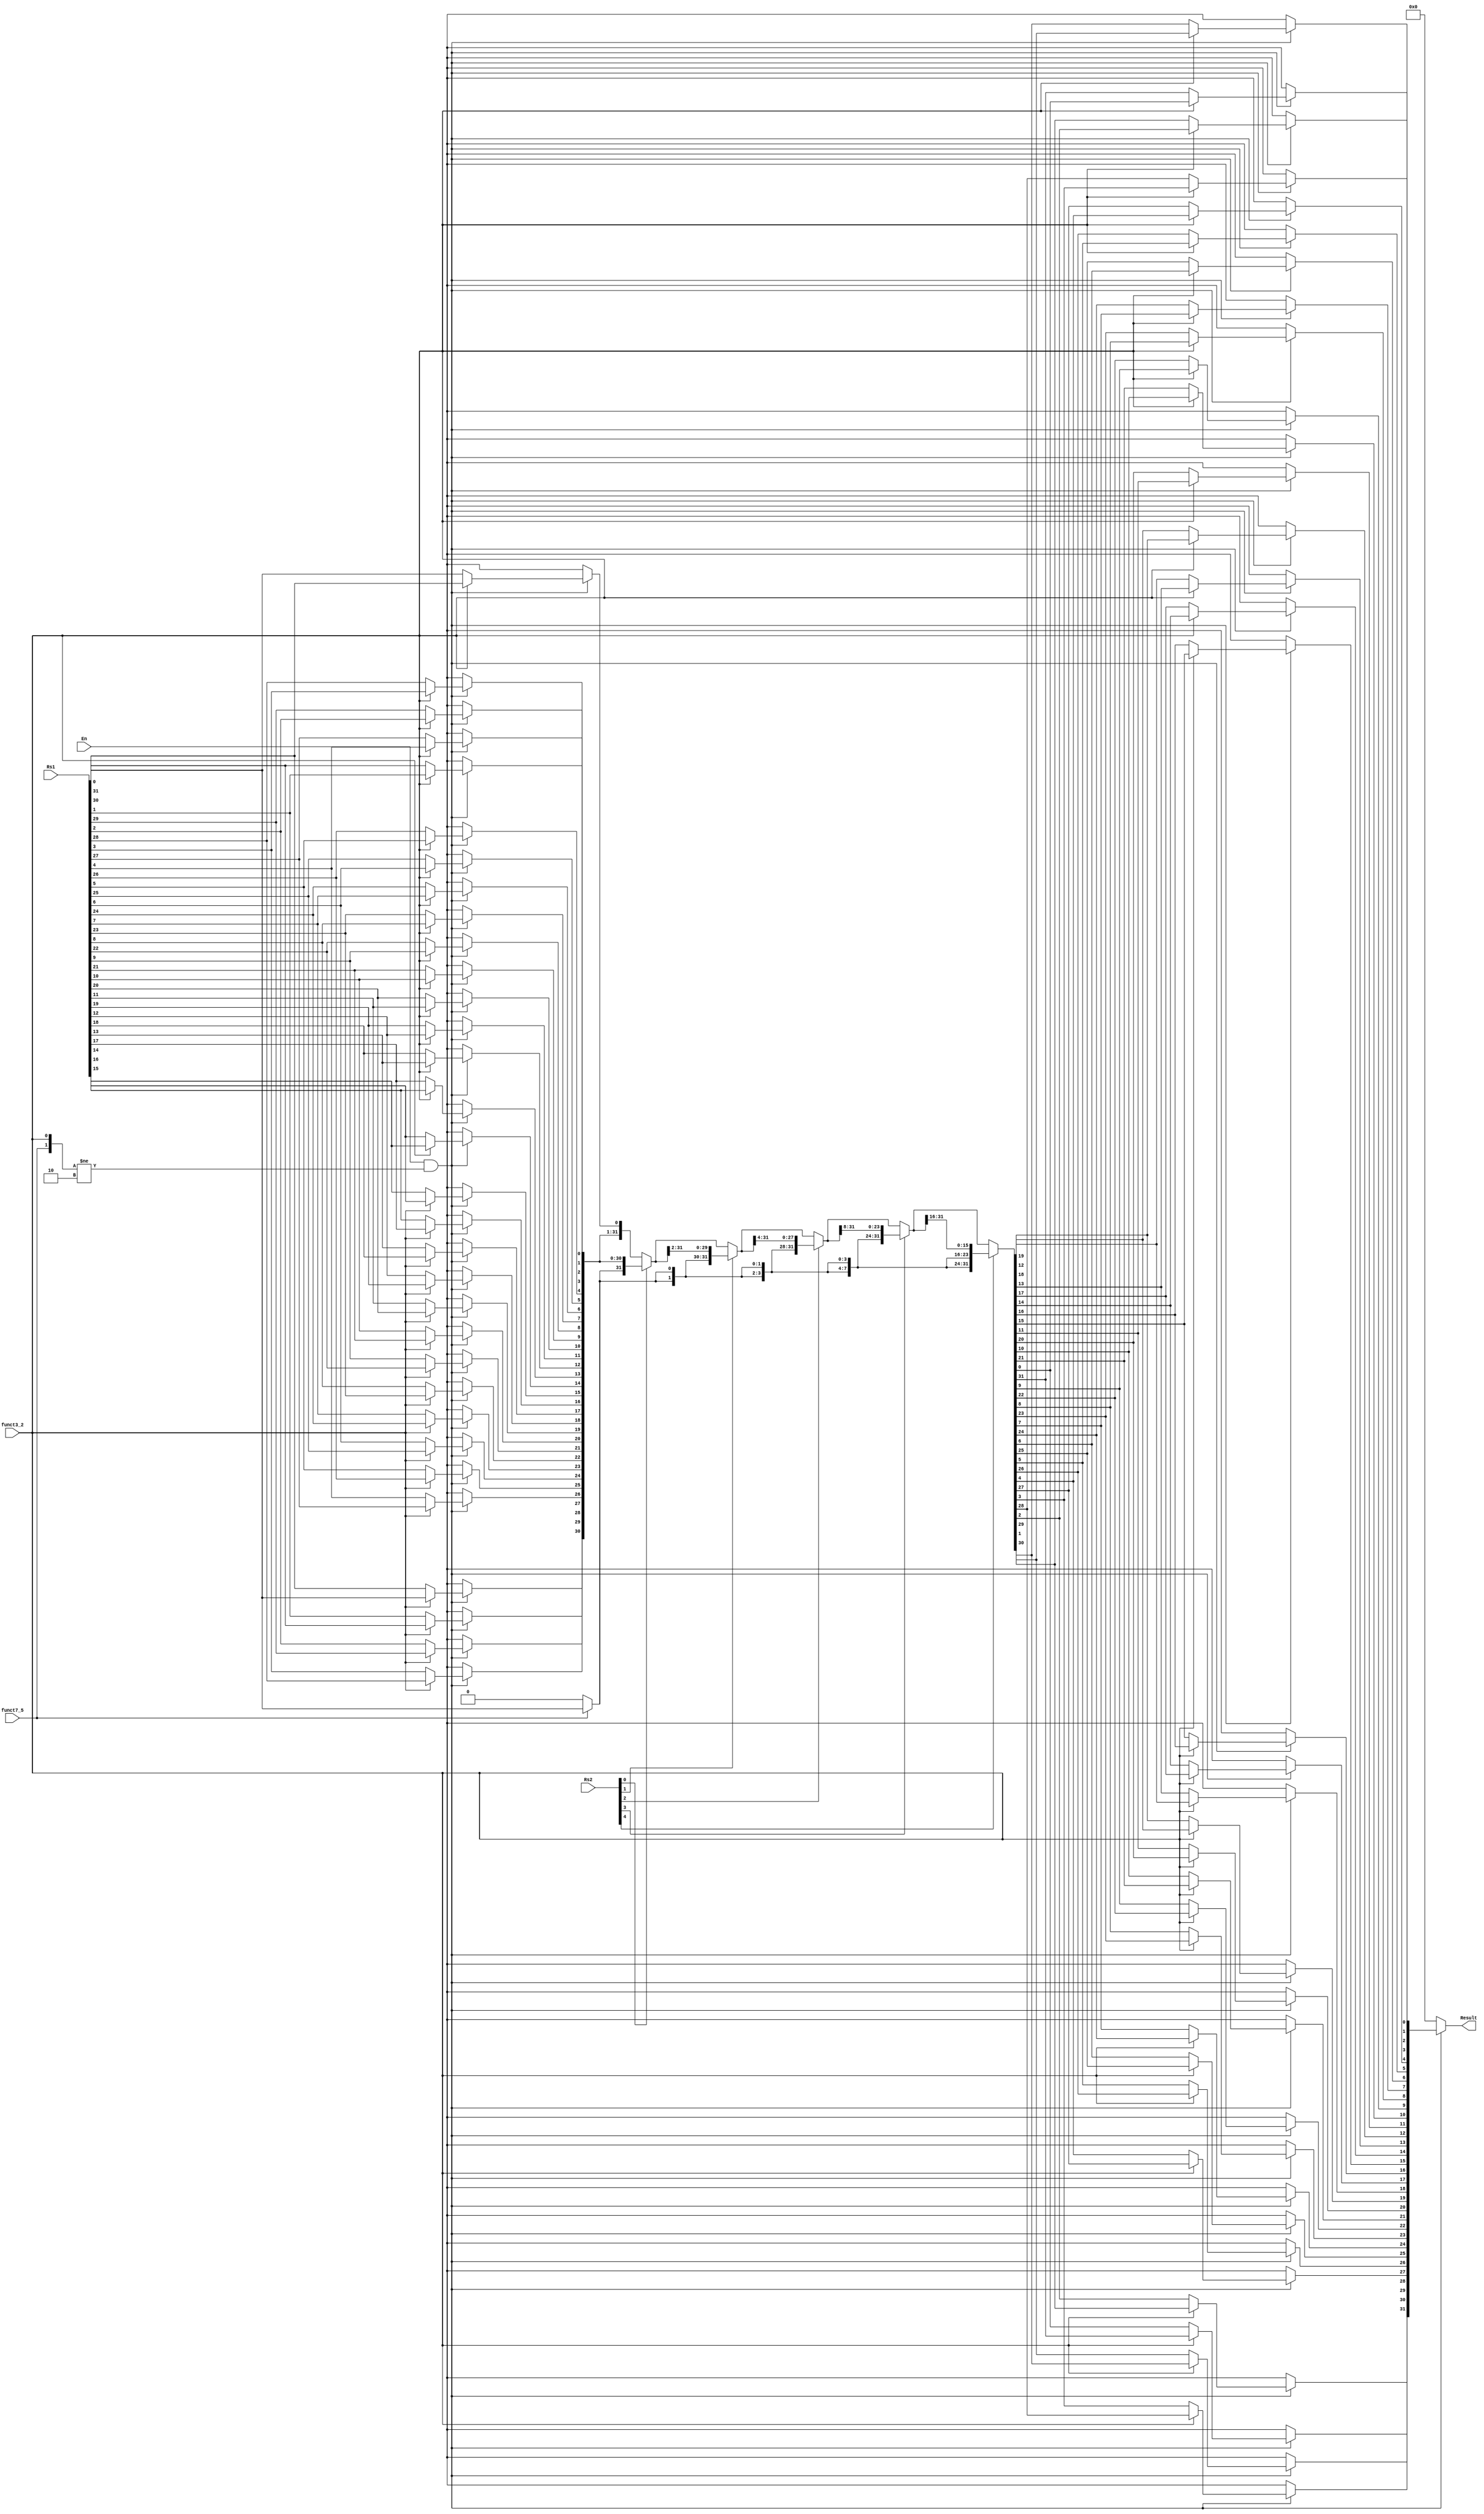
(* keep_hierarchy = "yes" *) module Shift_Unit #(
	parameter XLEN   = 32
)
(
	// INPUT
	input  wire signed [XLEN-1:0] Rs1,
	input  wire  	   [4:0] 	  Rs2,
	input  wire  			 	  funct3_2, 
	input  wire              	  funct7_5,
	input  wire              	  En,
	// OUTPUT
	output reg         [XLEN-1:0] Result
);

reg [XLEN-1:0] t0;
reg [XLEN-1:0] t1;
reg [XLEN-1:0] t2;
reg [XLEN-1:0] t3;
reg [XLEN-1:0] t4;
reg [XLEN-1:0] t5;
wire           sign_bit;
integer 	   i;

assign sign_bit = (funct7_5)? Rs1[XLEN-1]:1'b0;

always @(*) begin
	t0 = 'b0;
	t1 = 'b0;
	t2 = 'b0;
	t3 = 'b0;
	t4 = 'b0;
	t5 = 'b0;
	if (En && {funct7_5,funct3_2} != 2'b10) begin	
		if (!funct3_2) begin	
			for (i = 0;i < XLEN;i = i + 1) begin	
				t0[XLEN-i-1] = Rs1[i];
			end
		end
		else begin
			t0 = Rs1;
		end
		t1 = (Rs2[0])? {{sign_bit},t0[XLEN-1:1]}     :t0;
		t2 = (Rs2[1])? {{2{sign_bit}},t1[XLEN-1:2]}  :t1;
		t3 = (Rs2[2])? {{4{sign_bit}},t2[XLEN-1:4]}  :t2;
		t4 = (Rs2[3])? {{8{sign_bit}},t3[XLEN-1:8]}  :t3;
		t5 = (Rs2[4])? {{16{sign_bit}},t4[XLEN-1:16]}:t4;
		if (!funct3_2) begin
			for (i = 0;i < XLEN;i = i + 1) begin
				Result[XLEN-i-1] = t5[i];
			end
		end
		else begin
			Result = t5;
		end
	end
	else begin
		t0 = 'b0;
		t1 = 'b0;
		t2 = 'b0;
		t3 = 'b0;
		t4 = 'b0;
		t5 = 'b0;
		Result = 'b0;
	end
end

endmodule